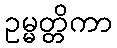
ဥမ္မတ္တိကာ